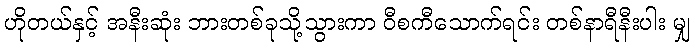
ဟိုတယ်နှင့် အနီးဆုံး ဘားတစ်ခုသို့သွားကာ ဝီစကီသောက်ရင်း တစ်နာရီနီးပါး မျှ